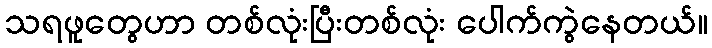
သရဖူတွေဟာ တစ်လုံးပြီးတစ်လုံး ပေါက်ကွဲနေတယ်။